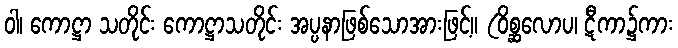
ဝါ၊ ကောဋ္ဌာ သတိုင်း ကောဋ္ဌာသတိုင်း အပ္ပနာဖြစ်သောအားဖြင့်။ (ဝိစ္ဆလောပ၊ ဋီကာ၌ကား